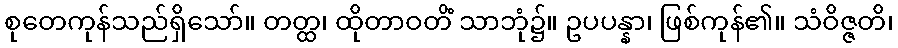
စုတေကုန်သည်ရှိသော်။ တတ္ထ၊ ထိုတာဝတိံ သာဘုံ၌။ ဥပပန္နာ၊ ဖြစ်ကုန်၏။ သံဝိဇ္ဇတိ၊